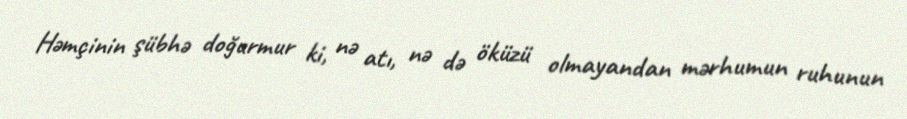
Həmçinin şübhə doğurmur ki, nə atı, nə də öküzü olmayandan mərhumun ruhunun